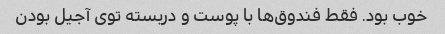
خوب بود. فقط فندوق‌ها با پوست و دربسته توی آجیل بودن